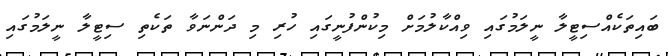
ބައިތަކެއްސިޓީލާ ނީލަމުގައި ވިއްކާލުމަށް މިކުންފުނީގައި ހުރި މި ދަންނަވާ ތަކެތި ސިޓީލާ ނީލަމުގައި